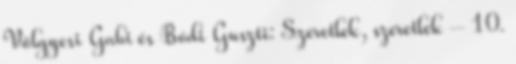
Völgyesi Gabi és Bódi Guszti: Szeretlek, szeretlek – 10.